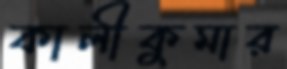
কালীকুমার